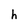
Character: h